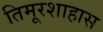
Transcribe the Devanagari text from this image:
तिमूरशाहास